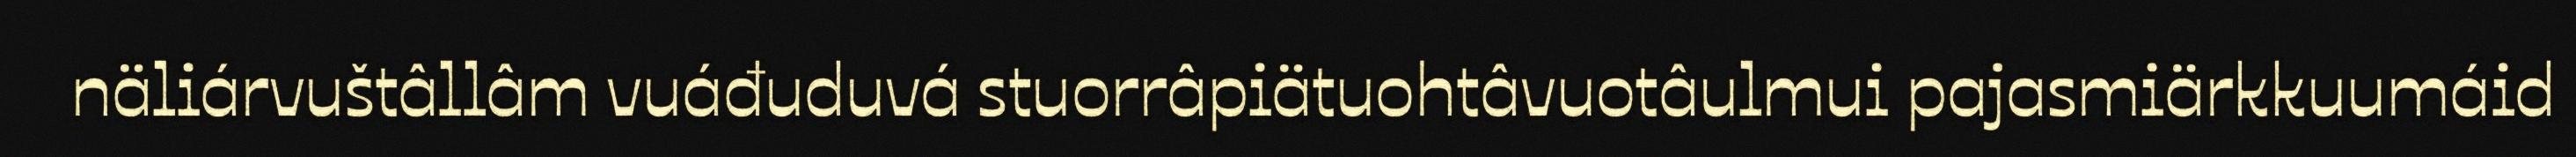
näliárvuštâllâm vuáđuduvá stuorrâpiätuohtâvuotâulmui pajasmiärkkuumáid